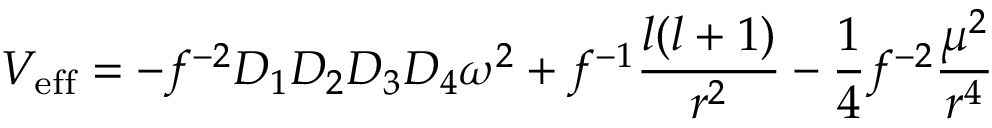
V _ { \mathrm { e f f } } = - f ^ { - 2 } D _ { 1 } D _ { 2 } D _ { 3 } D _ { 4 } \omega ^ { 2 } + f ^ { - 1 } { \frac { l ( l + 1 ) } { r ^ { 2 } } } - { \frac { 1 } { 4 } } f ^ { - 2 } { \frac { \mu ^ { 2 } } { r ^ { 4 } } }